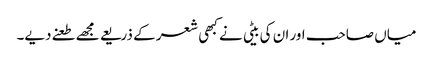
میاں صاحب اور ان کی بیٹی نے کبھی شعر کے ذریعے مجھے طعنے دیے۔